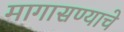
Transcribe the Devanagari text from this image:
मागासण्याचे